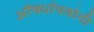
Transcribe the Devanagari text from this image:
औषधोपयोगी